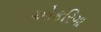
ઓકરિગા